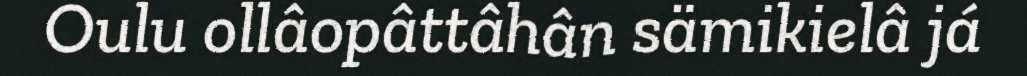
Oulu ollâopâttâhân sämikielâ já